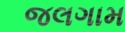
જલગામ